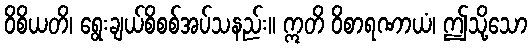
ဝိစိယတိ၊ ရွေးချယ်စိစစ်အပ်သနည်း။ ဣတိ ဝိစာရဏာယံ၊ ဤသို့သော